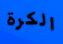
الكرة